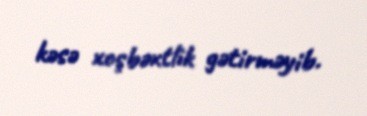
kəsə xoşbəxtlik gətirməyib.